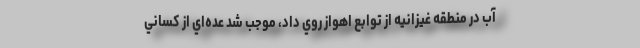
آب در منطقه غيزانيه از توابع اهواز روي داد، موجب شد عده‌اي از كساني